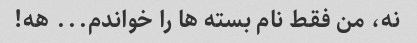
نه، من فقط نام بسته ها را خواندم... هه!